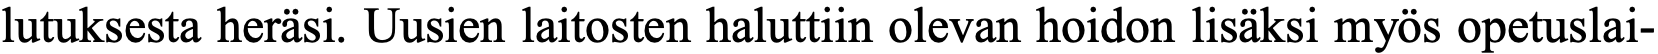
lutuksesta heräsi. Uusien laitosten haluttiin olevan hoidon lisäksi myös opetuslai-